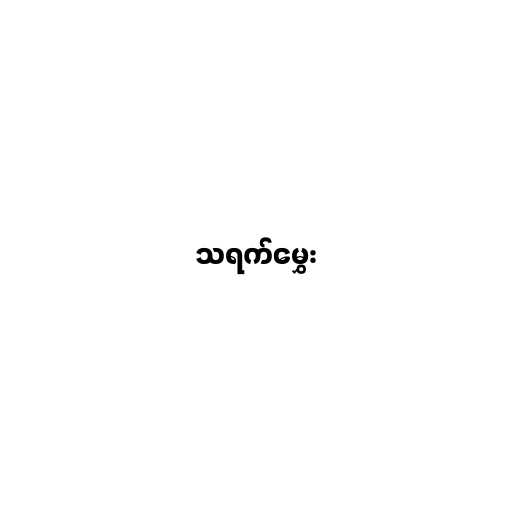
သရက်မွှေး